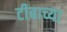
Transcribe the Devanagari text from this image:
टीबाच्या